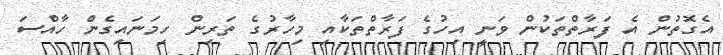
އެގޮތުން އެ ފަރާތްތަކުން ވަނީ އިހުގެ ފަރާތްތަކާއި މިހާރުގެ ތަރިން ހިމަނައިގެން ހާއްސަ